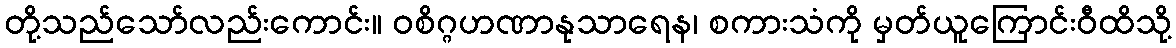
တို့သည်သော်လည်းကောင်း။ ဝစိဂ္ဂဟဏာနုသာရေန၊ စကားသံကို မှတ်ယူကြောင်းဝီထိသို့